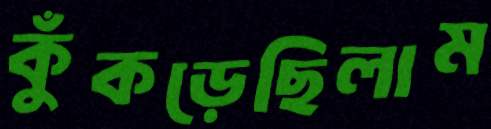
কুঁকড়েছিলাম